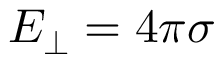
E _ { \perp } = 4 \pi \sigma